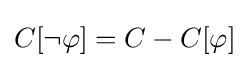
C[\neg \varphi ]=C-C[\varphi ]